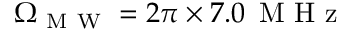
\Omega _ { \mathrm { ~ M ~ W ~ } } = 2 \pi \times 7 . 0 \, \mathrm { ~ M ~ H ~ z ~ }